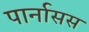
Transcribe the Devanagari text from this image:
पार्नासस